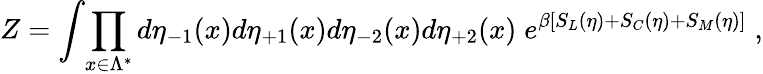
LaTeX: Z=\int\! \prod_{x\in\Lambda^{*}}d\eta_{-1}(x)d\eta_{+1}(x)d\eta_{-2}(x)d\eta_{+2}(x)\; e^{\beta[S_{L}(\eta)+S_{C}(\eta)+S_{M}(\eta)]}\; ,